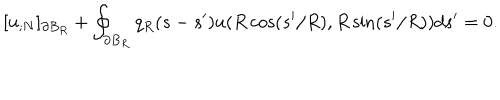
[ u _ { ; N } ] _ { \partial B _ { R } } + \oint _ { \partial B _ { R } } q _ { R } ( s - s ^ { \prime } ) u ( R \cos ( s ^ { \prime } / R ) , R \sin ( s ^ { \prime } / R ) ) d s ^ { \prime } = 0 .